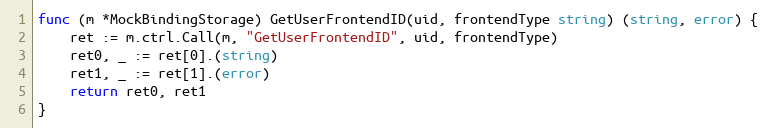
Language: Go
func (m *MockBindingStorage) GetUserFrontendID(uid, frontendType string) (string, error) {
	ret := m.ctrl.Call(m, "GetUserFrontendID", uid, frontendType)
	ret0, _ := ret[0].(string)
	ret1, _ := ret[1].(error)
	return ret0, ret1
}